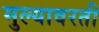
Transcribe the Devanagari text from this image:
मुल्यावरती